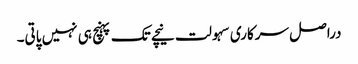
دراصل سرکاری سہولت نیچے تک پہنچ ہی نہیں پاتی۔